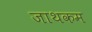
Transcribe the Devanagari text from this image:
जाथकम